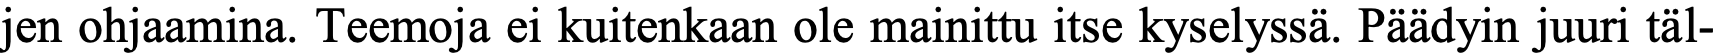
jen ohjaamina. Teemoja ei kuitenkaan ole mainittu itse kyselyssä. Päädyin juuri täl-